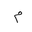
Letter: _mim